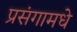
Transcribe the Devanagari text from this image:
प्रसंगामधे